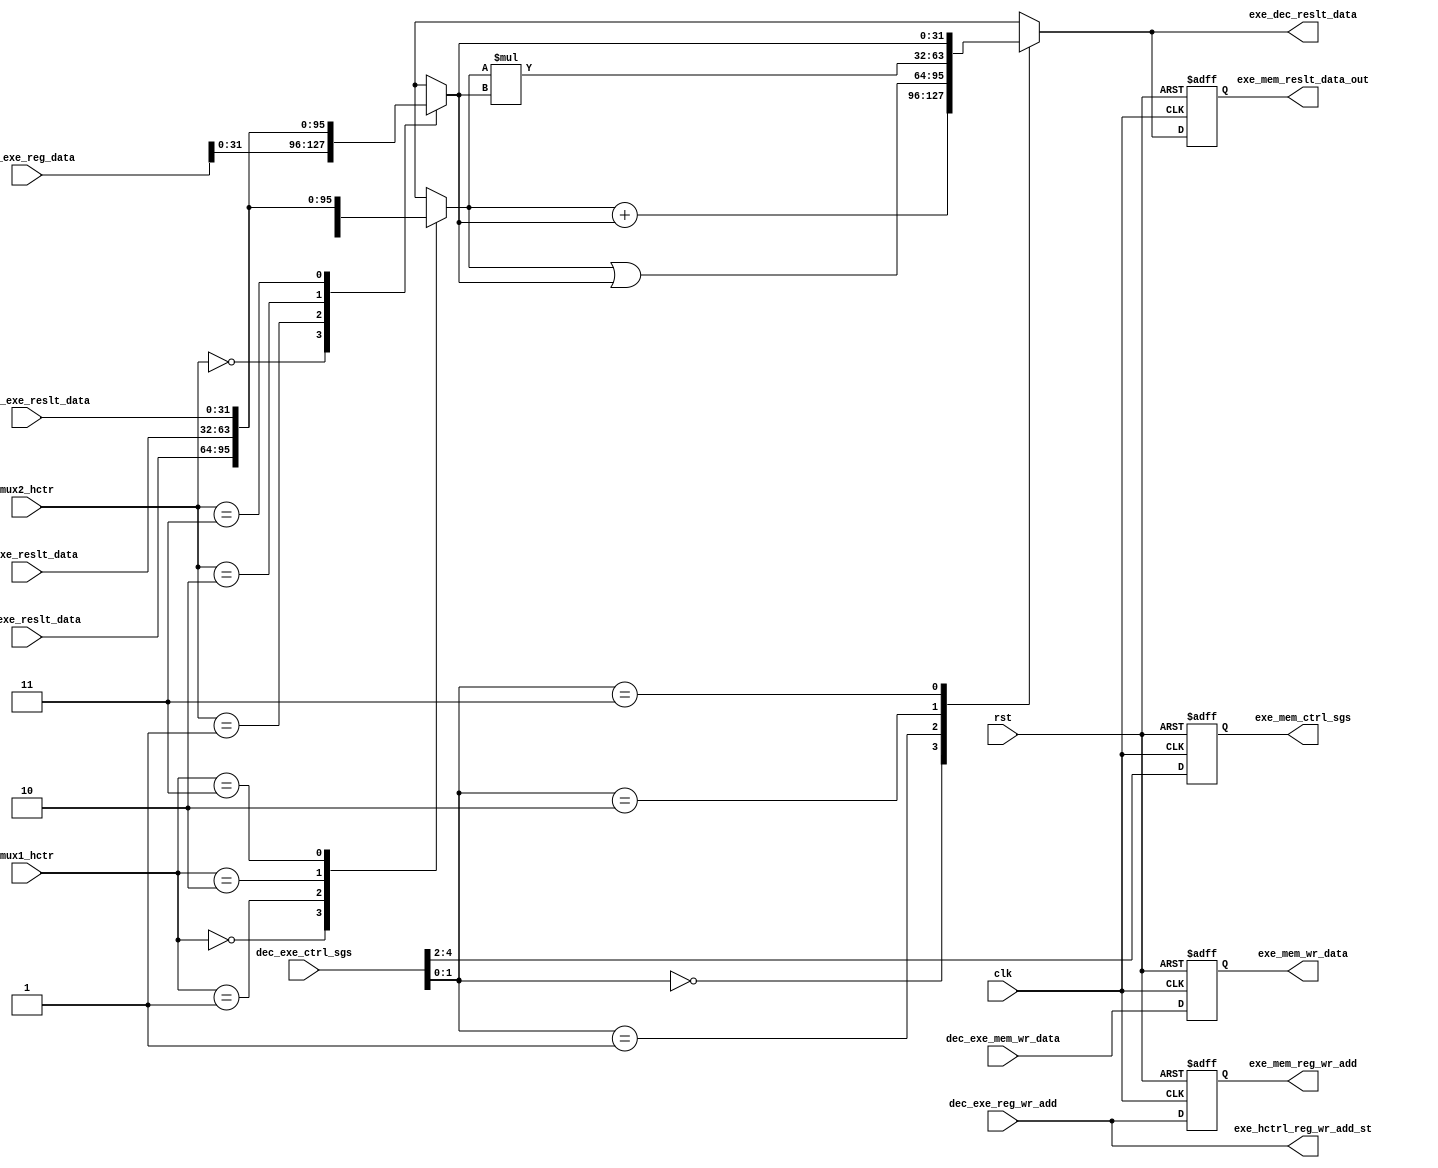
module execute (exe_dec_reslt_data,
                exe_mem_wr_data,
                exe_mem_reg_wr_add,
                exe_mem_reslt_data_out, 
                exe_mem_ctrl_sgs,
                exe_hctrl_reg_wr_add_st,  
                /*-----input ports-----*/
                clk, 
                rst,
                dec_exe_mem_wr_data,                
                dec_exe_ctrl_sgs,
                dec_exe_reg_data,       
                dec_exe_reg_wr_add,
                //mem_exe_memory_data,
                mem_exe_reslt_data,
                wb_exe_reslt_data,
                wb_dec_exe_reslt_data,
                // hazard control signals
                mux2_hctr,
                mux1_hctr
                );
output reg [31:0] exe_mem_wr_data, exe_dec_reslt_data;
output reg [31:0] exe_mem_reslt_data_out;
output reg [4:0] exe_hctrl_reg_wr_add_st, exe_mem_reg_wr_add;
output reg [2:0] exe_mem_ctrl_sgs;
input clk, rst;
input [4:0] dec_exe_ctrl_sgs, dec_exe_reg_wr_add;
input [63:0] dec_exe_reg_data;
input [31:0] wb_exe_reslt_data,dec_exe_mem_wr_data, mem_exe_reslt_data, wb_dec_exe_reslt_data;
input [1:0] mux2_hctr, mux1_hctr;

reg [31:0]  _exe_mem_wr_data, _exe_mem_reslt_data_out, _exe_mem_memory_rd_wr_add;
reg [2:0] _exe_mem_ctrl_sgs;
reg [1:0] alu_ctrl; 
reg [31:0] data1_reg, data2_reg, reslt_data_out, data2, data1;

always @(posedge clk or posedge rst) begin : execution_stage_flipflop
  if(rst) begin
    exe_mem_wr_data          <= #1 0;
    exe_mem_reg_wr_add       <= #1 0;
    exe_mem_reslt_data_out   <= #1 0; 
    exe_mem_ctrl_sgs         <= #1 0;
  end else begin
    exe_mem_wr_data          <= #1 _exe_mem_wr_data;
    exe_mem_reg_wr_add       <= #1 dec_exe_reg_wr_add;
    exe_mem_reslt_data_out   <= #1 _exe_mem_reslt_data_out; 
    exe_mem_ctrl_sgs         <= #1 _exe_mem_ctrl_sgs;
  end
end

always @(*) begin : execution_stage_signals
  _exe_mem_wr_data        = dec_exe_mem_wr_data;
  _exe_mem_ctrl_sgs       = dec_exe_ctrl_sgs[4:2];
  exe_hctrl_reg_wr_add_st = dec_exe_reg_wr_add;
  {data1_reg,data2_reg}   = dec_exe_reg_data;  
  alu_ctrl                = dec_exe_ctrl_sgs[1:0];
  exe_dec_reslt_data = reslt_data_out;
end

always @(*) begin : hazard_control_mux1
  case(mux2_hctr)
    0: data2 = data2_reg;
    1: data2 = mem_exe_reslt_data;
    2: data2 = wb_exe_reslt_data;
    3: data2 = wb_dec_exe_reslt_data;
    default: data2 = data2_reg;
  endcase
end
always @(*) begin : hazard_control_mux2
  case(mux1_hctr)
    0: data1 = data1_reg;
    1: data1 = mem_exe_reslt_data;
    2: data1 = wb_exe_reslt_data;
    3: data1 = wb_dec_exe_reslt_data;
    default: data1 = data1_reg;
  endcase
end
/*----------- ALU -------------------*/
always @(*) begin : ALU 
  case(alu_ctrl)
    0 : reslt_data_out = data1 + data2;   // add
    1 : reslt_data_out = data1 | data2;   // or
    2 : reslt_data_out = data1 * data2;   // mul
    3 : reslt_data_out = data2;           // used for store operation
    default : reslt_data_out = 0;         // default
  endcase
  _exe_mem_reslt_data_out       = reslt_data_out;
end
endmodule